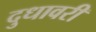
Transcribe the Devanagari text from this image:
दुधावरी